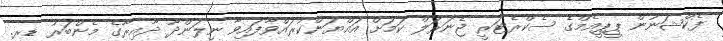
ފެކްޝަނުން ޕީޕީއެމްގެ ސެކްރެޓަރީ ޖެނަރަލް ކަމަށް އައްޔަންކުރައްވާފައިވާ ނިލަންދޫ ދާއިރާގެ މެންބަރު ޑރ.